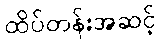
ထိပ်တန်းအဆင့်